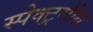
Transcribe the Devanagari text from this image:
स्पेक्ट्रमीय